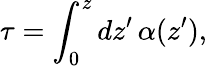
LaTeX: \tau=\int_{0}^{z}dz^{\prime}\, \alpha(z^{\prime}),